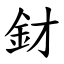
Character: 釮